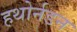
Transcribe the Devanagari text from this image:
हथोर्नडन